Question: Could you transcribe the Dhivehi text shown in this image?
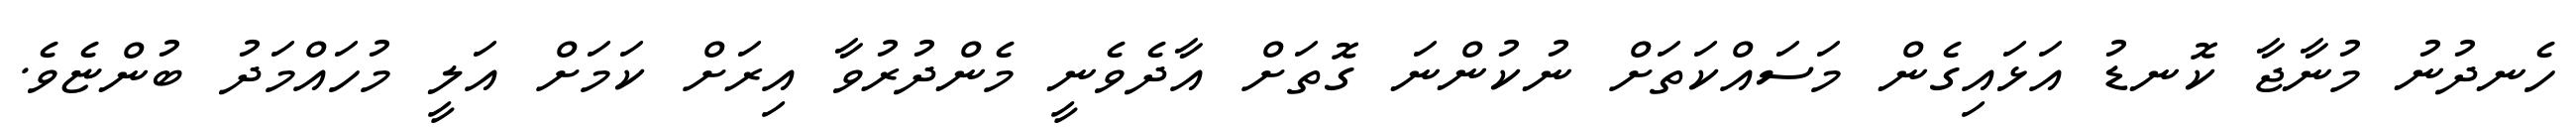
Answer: ހެނދުނު މުނާޖާ ކޮނޑު އަޅައިގެން މަސައްކަތަށް ނުކުންނަ ގޮތަށް އާދެވެނީ މެންދުރުވާ އިރަށް ކަމަށް އަލީ މުހައްމަދު ބުންޏެވެ.